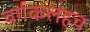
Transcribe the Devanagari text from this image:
वर्गकलहच